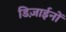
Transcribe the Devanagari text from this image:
डिज़ाईनों